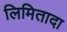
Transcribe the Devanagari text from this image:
लिमितादा